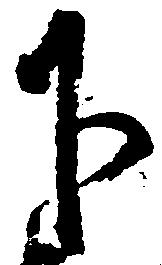
下